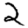
Digit: 2